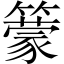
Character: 𥵿